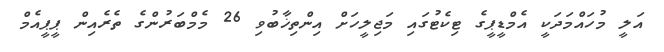
އަލީ މުހައްމަދަކީ އެމްޑީޕީގެ ޓިކެޓުގައި މަޖިލީހަށް އިންތިޚާބުވި 26 މެމްބަރުންގެ ތެރެއިން ޕީޕީއެމް